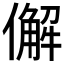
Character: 𠎿